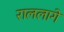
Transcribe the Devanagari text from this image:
राललागे